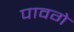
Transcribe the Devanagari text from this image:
पावगे